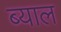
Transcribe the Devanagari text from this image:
ब्‍याल